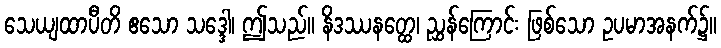
သေယျထာပီတိ ဧသော သဒ္ဒေါ၊ ဤသည်။ နိဒဿနတ္ထေ၊ ညွှန်ကြောင်း ဖြစ်သော ဥပမာအနက်၌။